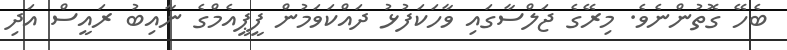
ބެހޭ ގޮތުންނެވެ. މިރޭގެ ޖަލްސާގައި ވާހަކަފުޅު ދައްކަވަމުން ފީޕީއެމްގެ ނާއިބު ރައީސް އަދި